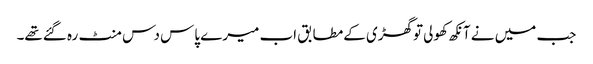
جب میں نے آنکھ کھولی توگھڑی کےمطابق اب میرے پاس دس منٹ رہ گئےتھے۔